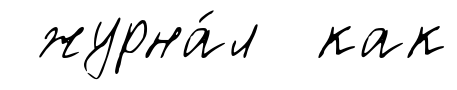
журна́л как